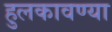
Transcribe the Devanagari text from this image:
हुलकावण्या